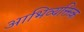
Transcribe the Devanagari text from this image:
आभिव्यक्तिक